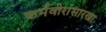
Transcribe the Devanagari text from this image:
कर्मवीरांसारखा